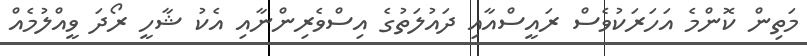
މަތިން ކޮންމެ އަހަރަކުވެސް ރައީސްއާއި ދައުލަތުގެ އިސްވެރިންނާއި އެކު ޝާހީ ރޯދަ ވީއްލުމެއް